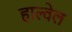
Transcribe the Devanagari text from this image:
हाल्वेल